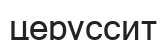
церуссит